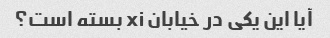
آیا این یکی در خیابان xi بسته است؟